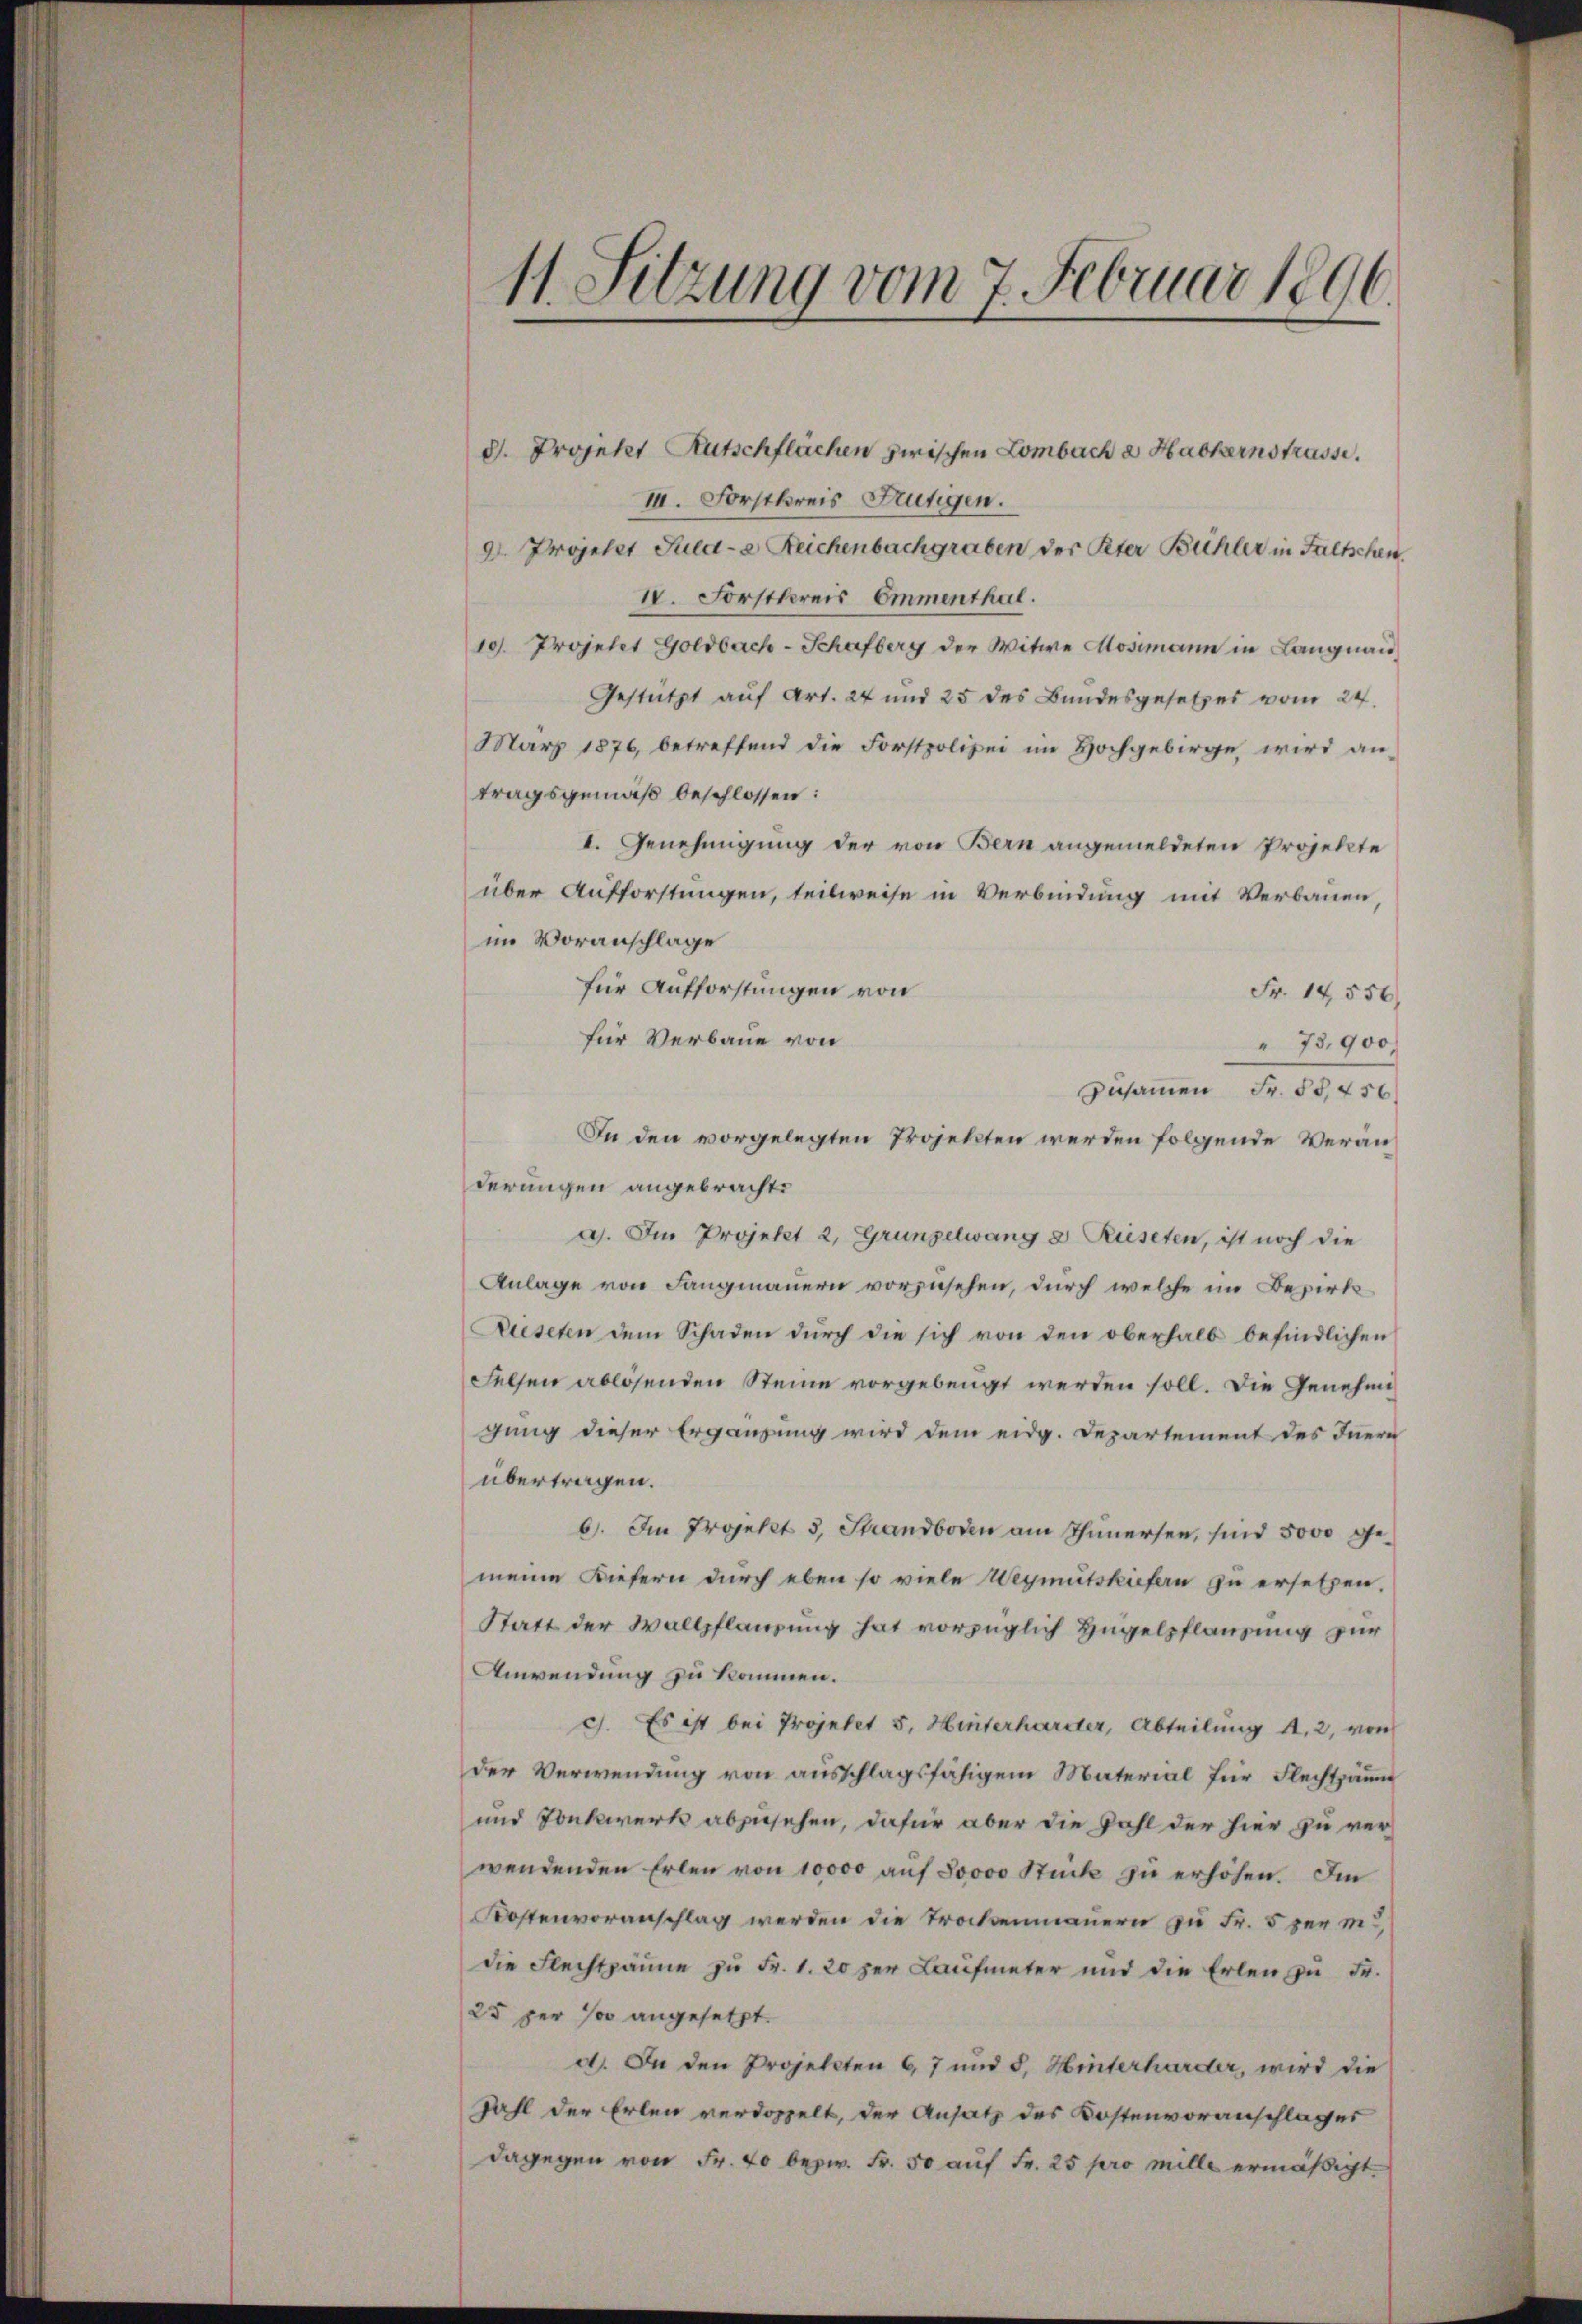
11. Sitzung vom 7. Februar 1896.

d. Projekt Rutschflächen zwischen Lombach a Hackernstrasse.
III. Forstkreis Frutigen.
d. Projekt Puld-e Reichenbachgraben der Peter Bühler in Faltschen,
IV. Forstkreis, Emmenthal.
10. Projekt Goldbach-Schafberg der Witwe Mosimann in Langnau,
Gestützt auf Art. 24 und 25 des Bundesgesetzes vom 24.
März 1876, betreffend die Forstpolizei im Hochgebirge wird an-
tragsgemäß beschlossen:
I. Genehmigung der von Bern angemeldeten Projekte
über Aufforstungen, teilweise in Verbindung mit Verbauen,
im Voranschlage
für Aufforstungen von
Fr. 14556
für Verbaue von
" 73,900
Zusammen Fr. 55,456
In den vorgelegten Projekten werden folgende Veränderungen angebracht.
a). Im Projekt 2, Gründelwang & Rüseten, ist noch die
Anlage von Langmauern vorzusehen, durch welche im Bezirks¬
Rieseten dem Schaden durch die sich von den oberhalb befindlichen
Felsen ablösenden Steine vorgebeugt werden soll. Die Genehmigung dieser Ergänzung wird dem eidg. Departement des Innern
übertragen.
6. Im Projekt 3, Strandboden am Thunersee, sind 5000 g.
meine Kiefern durch eben so viele Weymutskiefern zu ersetzen.
Statt der Wollpflanzung hat vorzüglich Hügelpflanzung zur
Anwendung zu kommen.
c). Es ist bei Projetet 5. Hinterharder, Abteilung Al. 2, von
der Verwendung von ausschlagsfähigem Material für Flechtsau
und Tonkwerk abzusehen, dafür aber die Zahl der hier zu verwendenden Erlen von 10000 aŭf Soooo Stück zu erhöhen. Im
Kostenvoranschlag werden die Trockenmauern zu Fr. 5 per m
die Flechtpänne zŭ Fr. 1. 20 zur Laufmeter und die Erlen zŭ Fr.
25 per so angesetzt.
d. In den Projekten 6, 7 und 5. Hinterharder, wird die
Zahl der Erlen verdoppelt, der Ansatz des Kostenvoranschlages
dagegen von Fr. 40 bezw. Fr. 50 auf Fr. 25 pro mille ermäßigt